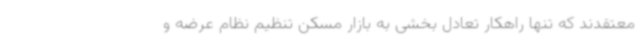
معتقدند که تنها راهکار تعادل بخشی به بازار مسکن تنظیم نظام عرضه و